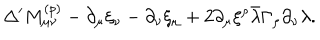
\Delta ^ { \prime } M _ { \mu \nu } ^ { ( p ) } - \partial _ { \mu } \xi _ { \nu } - \partial _ { \nu } \xi _ { \mu } + 2 \partial _ { \mu } \xi ^ { \rho } \bar { \lambda } \Gamma _ { \rho } \partial _ { \nu } \lambda .